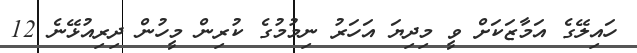
ހައިލޭގެ އަމާޒަކަށް ވީ މިދިޔަ އަހަރު ނިމުމުގެ ކުރިން މީހުން ދިރިއުޅޭނެ 12